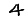
Digit: 4